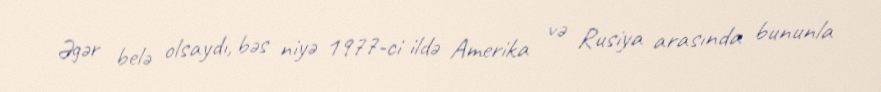
Əgər belə olsaydı, bəs niyə 1977-ci ildə Amerika və Rusiya arasında bununla